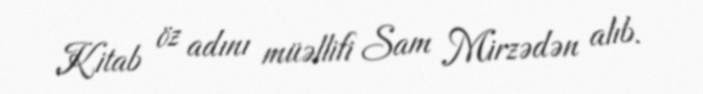
Kitab öz adını müəllifi Sam Mirzədən alıb.